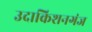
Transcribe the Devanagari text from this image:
उदाकिशनगंज